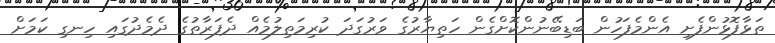
ތަޅާފޮޅުންފެށި އެންމެފަހުން ބަޑިބޭނުންކޮށްގެން ހަތިޔާރުގެ ވަރުގަދަ ކުރިމަތިލުމެއް ދެފަރާތުގެ ދެމެދުގައި ހިނގި ކަމަށް